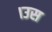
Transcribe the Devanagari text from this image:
।उस